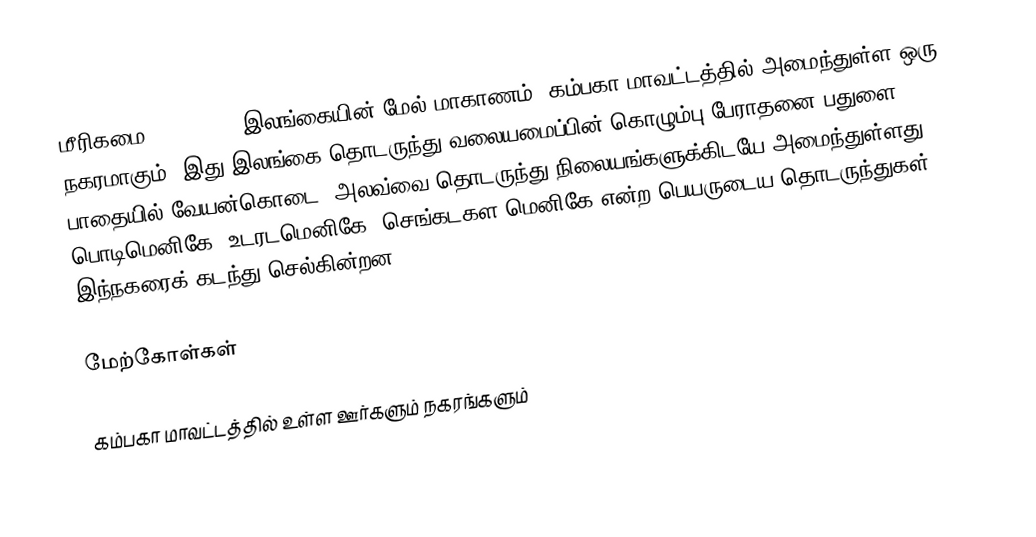
மீரிகமை (Mirigama) இலங்கையின்  மேல் மாகாணம், கம்பகா மாவட்டத்தில் அமைந்துள்ள ஒரு நகரமாகும். இது இலங்கை தொடருந்து வலையமைப்பின் கொழும்பு-பேராதனை-பதுளை பாதையில் வேயன்கொடை, அலவ்வை தொடருந்து நிலையங்களுக்கிடயே அமைந்துள்ளது. பொடிமெனிகே, உடரடமெனிகே, செங்கடகள மெனிகே என்ற பெயருடைய தொடருந்துகள் இந்நகரைக் கடந்து செல்கின்றன.

மேற்கோள்கள்

கம்பகா மாவட்டத்தில் உள்ள ஊர்களும் நகரங்களும்